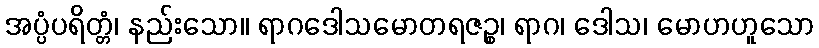
အပ္ပံပရိတ္တံ၊ နည်းသော။ ရာဂဒေါသမောတရဇဉ္စ၊ ရာဂ၊ ဒေါသ၊ မောဟဟူသော